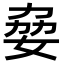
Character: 姭